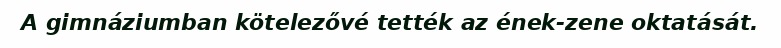
A gimnáziumban kötelezővé tették az ének-zene oktatását.